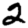
Digit: 2